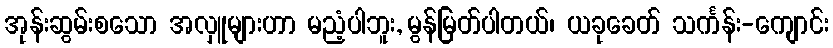
အုန်းဆွမ်းစသော အလှူများဟာ မညံ့ပါဘူး, မွန်မြတ်ပါတယ်၊ ယခုခေတ် သင်္ကန်း-ကျောင်း